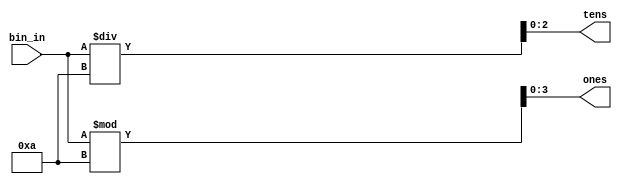
`timescale 1ns / 1ps

module bin2bcd(
    input [5:0] bin_in,
    output reg [2:0] tens,      // max value 101
    output reg [3:0] ones       // max value 1001
    );
    
    always @* begin
        tens <= bin_in / 10;
        ones <= bin_in % 10;
    end
    
endmodule